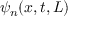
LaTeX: \psi _ { n } ( x , t , L )